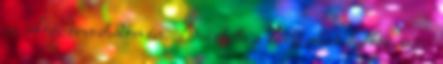
az ókori orvostudomán. Beáztatta a lábát ebbe a hétköznapi,